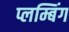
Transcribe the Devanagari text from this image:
प्लम्बिंग